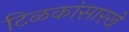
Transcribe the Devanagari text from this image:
टिळकांसारखे